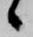
候